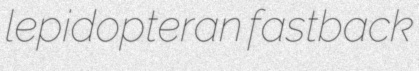
lepidopteran fastback